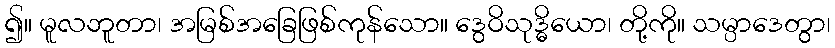
၍။ မူလဘူတာ၊ အမြစ်အခြေဖြစ်ကုန်သော။ ဒွေဝိသုဒ္ဓိယော၊ တို့ကို။ သမ္ပာဒေတွာ၊